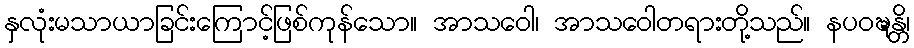
နှလုံးမသာယာခြင်းကြောင့်ဖြစ်ကုန်သော။ အာသဝေါ၊ အာသဝေါတရားတို့သည်။ နပဝဍ္ဎန္တိ၊